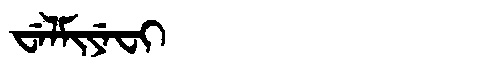
Manchu: ᠸᡝᠯᠮᡳᠶᡝᠸᡳ
Romanization: WELMIYEFI